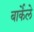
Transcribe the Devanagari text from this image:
बार्केले